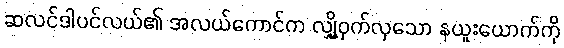
ဆလင်ဒါပင်လယ်၏ အလယ်ကောင်က လျှို့ဝှက်လှသော နယူးယောက်ကို